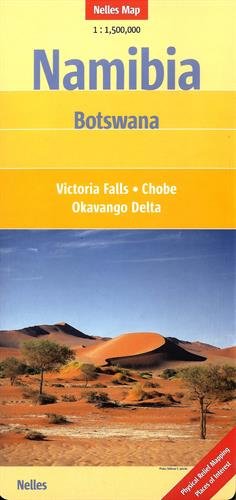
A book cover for Namibia Nelles Road Map 1:1.5M 2014 (English and German Edition); Nelles; Travel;